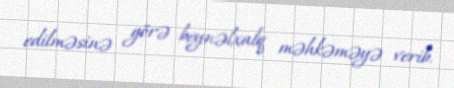
edilməsinə görə beynəlxalq məhkəməyə verib.